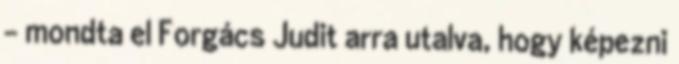
– mondta el Forgács Judit arra utalva, hogy képezni